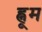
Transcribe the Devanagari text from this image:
ह्नूम